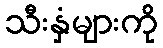
သီးနှံများကို